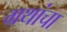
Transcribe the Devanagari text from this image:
ग्रथांचा